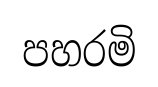
පහරමි